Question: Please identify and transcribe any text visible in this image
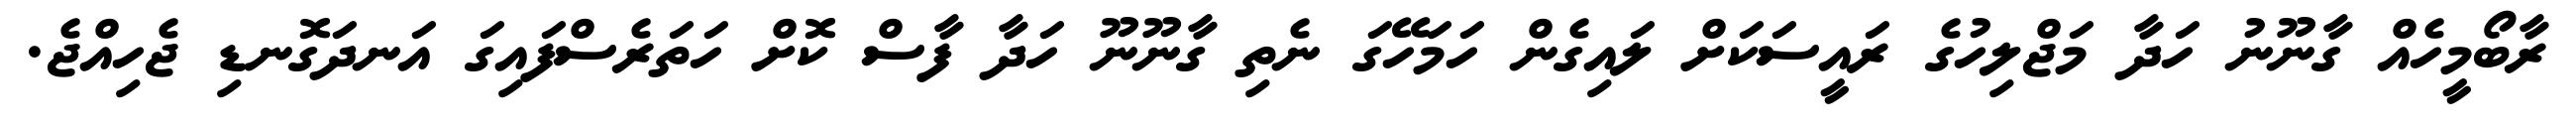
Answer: ރާބޯމީހެއް ގާނޫނު ހަދާ މަޖްލިހުގެ ރައީސަކަށް ލައިގެން ހަމަހޭގަ ނެތި ގާނޫނޫ ހަދާ ފާސް ކޮށް ހަތަރެސްފައިގަ އަނދަގޮނޑި ޖެހިއްޖެ.